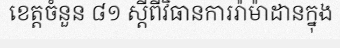
ខេត្តចំនួន ៨១ ស្តីពីវិធានការរ៉ាម៉ាដានក្នុង